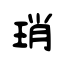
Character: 琑